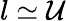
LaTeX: l\simeq\mathcal{U}